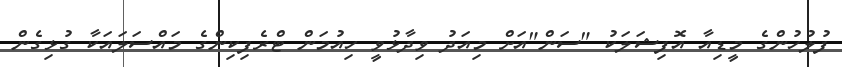
ފުލުހުންގެ މީޑިއާ އޮފިޝަލަކު "ސަން"އަށް މިއަދު ވިދާޅުވީ ހިއުމަން ޓްރެފިކިންގެ މައްސަލައަކާ ގުޅިގެން